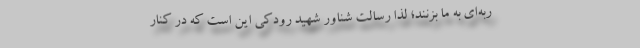
ربه‌ای به ما بزنند؛ لذا رسالت شناور شهید رودکی این است که در کنار